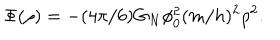
LaTeX: \Phi ( \rho ) = - ( 4 \pi / 6 ) G _ { N } \phi _ { 0 } ^ { 2 } ( m / h ) ^ { 2 } \rho ^ { 2 } .